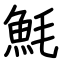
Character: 魹